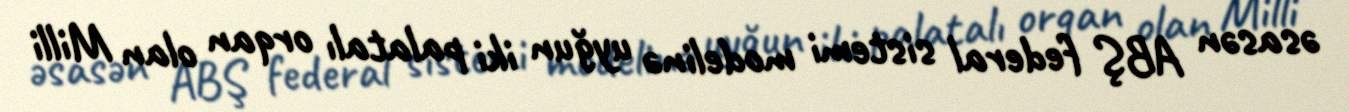
əsasən ABŞ federal sistemi modelinə uyğun iki palatalı orqan olan Milli